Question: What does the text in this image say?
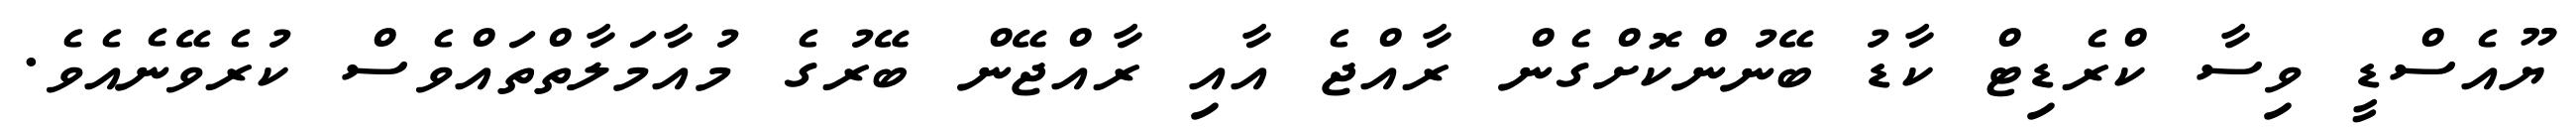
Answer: ޔޫއެސްޑީ ވިސާ ކްރެޑިޓް ކާޑު ބޭނުންކޮށްގެން ރާއްޖެ އާއި ރާއްޖޭން ބޭރުގެ މުއާމަލާތްތައްވެސް ކުރެވޭނެއެވެ.